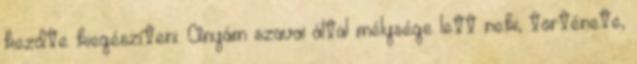
kezdte kiegészíteni. Anyám szavai által mélysége lett neki, története,